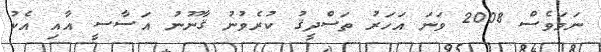
ނަމަވެސް 2008 ވަނަ އަހަރު ތަސްދީޤު ކުރެވުނު ޤާނޫނު އަސާސީ އާއި އެކު